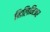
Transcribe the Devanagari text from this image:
मिलिनिअर